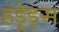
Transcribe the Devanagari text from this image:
हंड्रेड्स